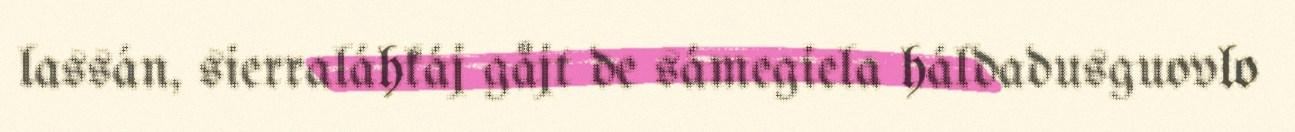
lassán, sierraláhkáj gåjt de sámegiela háldadusguovlo